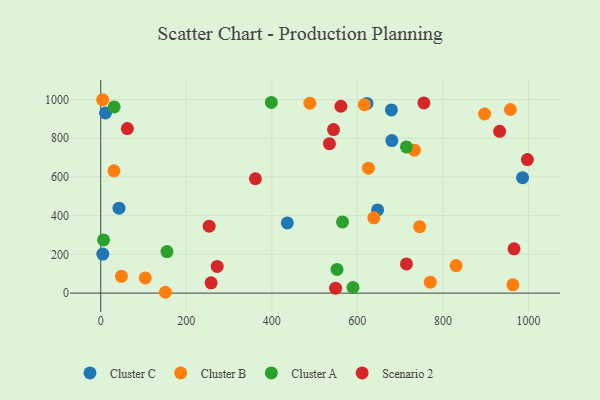
{"axis": {"x": "Engine Size", "y": "Profit"}, "legend": ["Cluster A", "Cluster B", "Cluster C", "Scenario 2"], "data": [{"x": "986.2", "y": 596.0, "type": "Cluster C"}, {"x": "680.6", "y": 787.9, "type": "Cluster C"}, {"x": "647.4", "y": 429.9, "type": "Cluster C"}, {"x": "436.2", "y": 362.4, "type": "Cluster C"}, {"x": "4.8", "y": 201.8, "type": "Cluster C"}, {"x": "11.0", "y": 930.7, "type": "Cluster C"}, {"x": "679.6", "y": 946.3, "type": "Cluster C"}, {"x": "42.7", "y": 438.6, "type": "Cluster C"}, {"x": "622.4", "y": 979.7, "type": "Cluster C"}, {"x": "48.4", "y": 86.7, "type": "Cluster B"}, {"x": "30.8", "y": 631.6, "type": "Cluster B"}, {"x": "638.5", "y": 388.9, "type": "Cluster B"}, {"x": "770.6", "y": 56.3, "type": "Cluster B"}, {"x": "963.6", "y": 42.8, "type": "Cluster B"}, {"x": "151.2", "y": 4.3, "type": "Cluster B"}, {"x": "830.9", "y": 142.0, "type": "Cluster B"}, {"x": "625.7", "y": 645.5, "type": "Cluster B"}, {"x": "957.9", "y": 948.4, "type": "Cluster B"}, {"x": "4.4", "y": 998.9, "type": "Cluster B"}, {"x": "897.4", "y": 925.2, "type": "Cluster B"}, {"x": "103.9", "y": 78.4, "type": "Cluster B"}, {"x": "733.4", "y": 738.4, "type": "Cluster B"}, {"x": "488.9", "y": 981.2, "type": "Cluster B"}, {"x": "745.7", "y": 342.9, "type": "Cluster B"}, {"x": "616.5", "y": 973.2, "type": "Cluster B"}, {"x": "31.4", "y": 961.9, "type": "Cluster A"}, {"x": "565.2", "y": 367.9, "type": "Cluster A"}, {"x": "714.7", "y": 755.2, "type": "Cluster A"}, {"x": "589.7", "y": 28.9, "type": "Cluster A"}, {"x": "398.9", "y": 985.2, "type": "Cluster A"}, {"x": "154.9", "y": 214.5, "type": "Cluster A"}, {"x": "6.6", "y": 274.6, "type": "Cluster A"}, {"x": "552.4", "y": 122.5, "type": "Cluster A"}, {"x": "714.8", "y": 150.6, "type": "Scenario 2"}, {"x": "932.6", "y": 835.6, "type": "Scenario 2"}, {"x": "561.5", "y": 965.2, "type": "Scenario 2"}, {"x": "755.6", "y": 982.4, "type": "Scenario 2"}, {"x": "272.3", "y": 138.0, "type": "Scenario 2"}, {"x": "361.6", "y": 590.8, "type": "Scenario 2"}, {"x": "253.5", "y": 345.7, "type": "Scenario 2"}, {"x": "62.2", "y": 849.7, "type": "Scenario 2"}, {"x": "544.2", "y": 844.7, "type": "Scenario 2"}, {"x": "997.5", "y": 690.0, "type": "Scenario 2"}, {"x": "534.7", "y": 771.8, "type": "Scenario 2"}, {"x": "549.0", "y": 25.3, "type": "Scenario 2"}, {"x": "258.0", "y": 53.3, "type": "Scenario 2"}, {"x": "966.3", "y": 228.5, "type": "Scenario 2"}]}